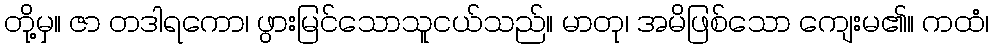
တို့မှ။ ဇာ တဒါရကော၊ ဖွားမြင်သောသူငယ်သည်။ မာတု၊ အမိဖြစ်သော ကျေးမ၏။ ကထံ၊